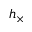
h _ { \times }